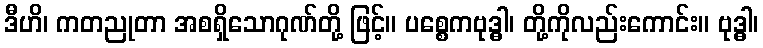
ဒီဟိ၊ ကတညုတာ အစရှိသောဂုဏ်တို့ ဖြင့်။ ပစ္စေကဗုဒ္ဓါ၊ တို့ကိုလည်းကောင်း။ ဗုဒ္ဓါ၊